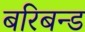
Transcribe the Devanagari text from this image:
बरिबन्ड